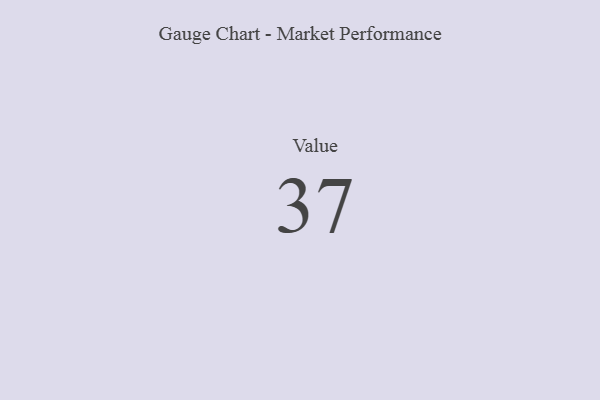
{"axis": {"x": "Metric", "y": "Value"}, "legend": [""], "data": [{"x": "Value", "y": 37, "type": ""}]}